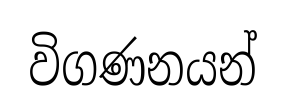
විගණනයන්